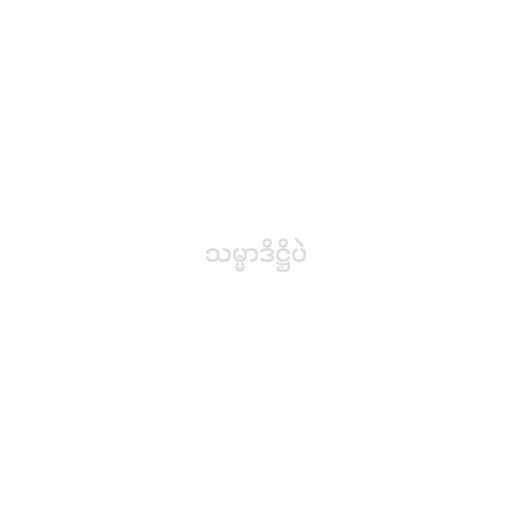
သမ္မာဒိဋ္ဌိပဲ